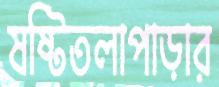
ষষ্টিতলাপাড়ার